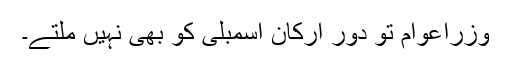
وزراعوام تو دور ارکان اسمبلی کو بھی نہیں ملتے۔